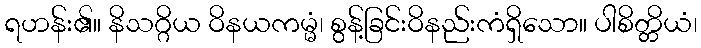
ရဟန်း၏။ နိသဂ္ဂိယ ဝိနယကမ္မံ၊ စွန့်ခြင်းဝိနည်းကံရှိသော။ ပါစိတ္တိယံ၊